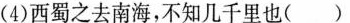
(4)西蜀之去南海，不知几千里也()